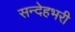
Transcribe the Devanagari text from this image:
सन्देहभरी